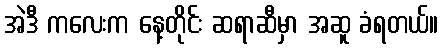
အဲဒီ ကလေးက နေ့တိုင်း ဆရာဆီမှာ အဆူ ခံရတယ်။